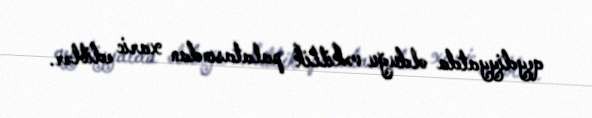
qeydiyyatda olduğu vəkillik palatasından xaric ediblər.